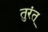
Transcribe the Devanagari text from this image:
तुरंत्